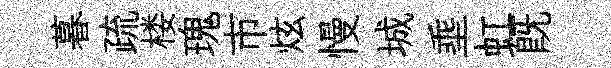
暮疏楼瑰市炫慢城埀虹旣